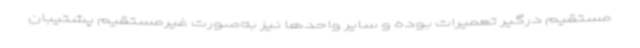
مستقیم درگیر تعمیرات بوده و سایر واحدها نیز به‌صورت غیرمستقیم پشتیبان